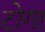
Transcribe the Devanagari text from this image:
टोगा